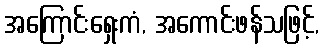
အကြောင်းရှေးကံ, အကောင်းဖန်သဖြင့်,